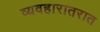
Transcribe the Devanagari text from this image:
व्यवहारातरात